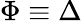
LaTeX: \Phi\equiv\Delta